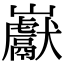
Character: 巚